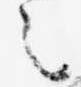
之